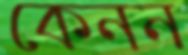
কেনন